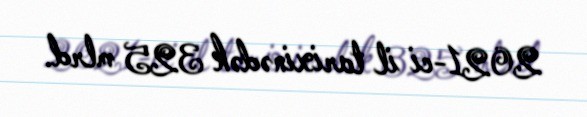
2021-ci il tarixinədək 325 mlrd.